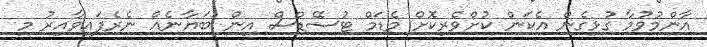
އާންމުވުމާ ގުޅިގެން އެކަން ކުށްވެރިކޮށް މެޑަމް ޓުސޭޑްސް އިން ބަޔާނެއް ނެރެފައިވާއިރު މި